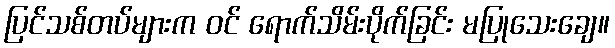
ပြင်သစ်တပ်များက ဝင် ရောက်သိမ်းပိုက်ခြင်း မပြုသေးချေ။